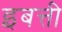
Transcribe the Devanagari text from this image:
इबत्ती